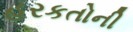
હરકતોની